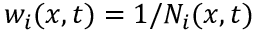
w _ { i } ( x , t ) = 1 / N _ { i } ( x , t )